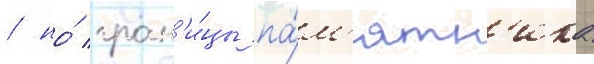
/ но́ гран'и́цы па́м'ятн'ика